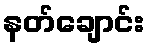
နတ်ချောင်း